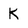
Character: K